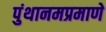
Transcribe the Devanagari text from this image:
पुंथानमप्रमाणे